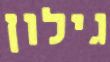
גילון